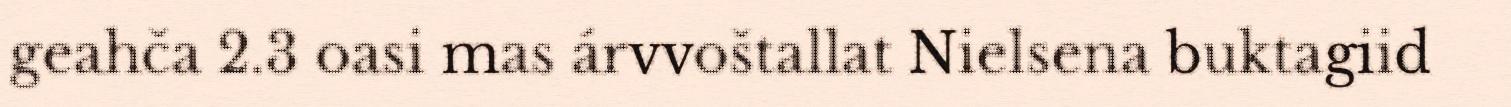
geahča 2.3 oasi mas árvvoštallat Nielsena buktagiid